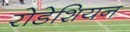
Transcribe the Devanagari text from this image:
रोडेशियन